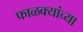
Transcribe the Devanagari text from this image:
फाळक्यांच्या